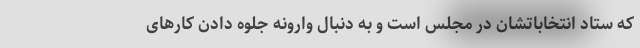
که ستاد انتخاباتشان در مجلس است و به دنبال وارونه جلوه دادن کارهای